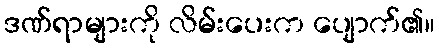
ဒဏ်ရာများကို လိမ်းပေးက ပျောက်၏။